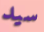
سيد